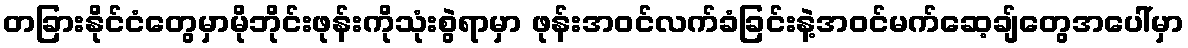
တခြားနိုင်ငံတွေမှာမိုဘိုင်းဖုန်းကိုသုံးစွဲရာမှာ ဖုန်းအဝင်လက်ခံခြင်းနဲ့အဝင်မက်ဆေ့ချ်တွေအပေါ်မှာ